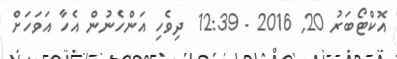
އޮކްޓޯބަރު 20